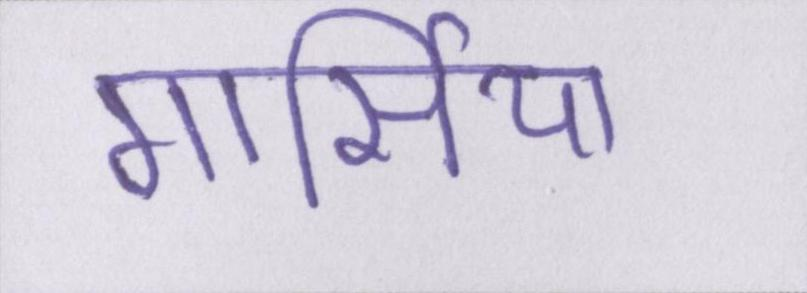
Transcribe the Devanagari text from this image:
गार्सिया